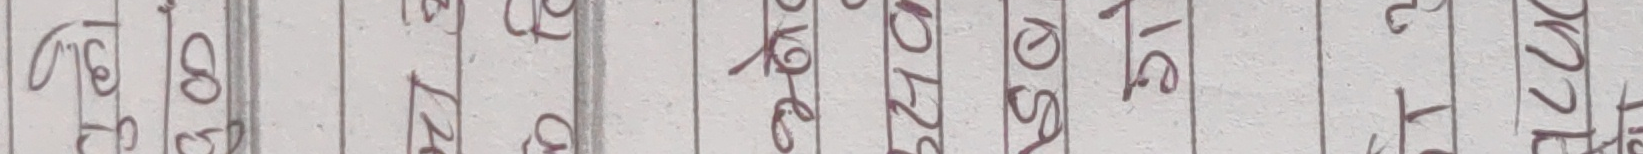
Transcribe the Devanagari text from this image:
१०० २७१ ७८४ ९२० २७० १४६ ३१८ ८२३ १६२ २५२ १७६ २२२